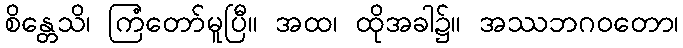
စိန္တေသိ၊ ကြံတော်မူပြီ။ အထ၊ ထိုအခါ၌။ အဿဘဂဝတော၊